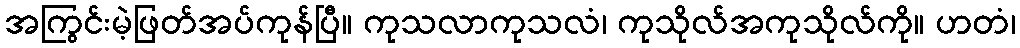
အကြွင်းမဲ့ဖြတ်အပ်ကုန်ပြီ။ ကုသလာကုသလံ၊ ကုသိုလ်အကုသိုလ်ကို။ ဟတံ၊